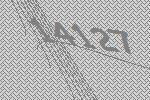
14127